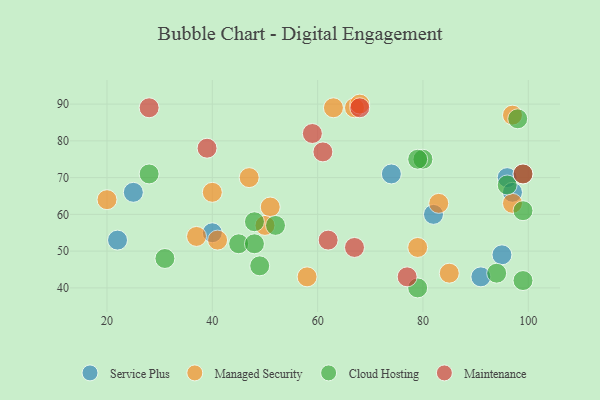
{"axis": {"x": "GDP", "y": "Life Expectancy"}, "legend": ["Cloud Hosting", "Maintenance", "Managed Security", "Service Plus"], "data": [{"x": "74", "y": 71, "type": "Service Plus"}, {"x": "95", "y": 49, "type": "Service Plus"}, {"x": "82", "y": 60, "type": "Service Plus"}, {"x": "25", "y": 66, "type": "Service Plus"}, {"x": "96", "y": 70, "type": "Service Plus"}, {"x": "22", "y": 53, "type": "Service Plus"}, {"x": "40", "y": 55, "type": "Service Plus"}, {"x": "91", "y": 43, "type": "Service Plus"}, {"x": "97", "y": 66, "type": "Service Plus"}, {"x": "51", "y": 62, "type": "Managed Security"}, {"x": "97", "y": 63, "type": "Managed Security"}, {"x": "67", "y": 89, "type": "Managed Security"}, {"x": "79", "y": 51, "type": "Managed Security"}, {"x": "20", "y": 64, "type": "Managed Security"}, {"x": "50", "y": 57, "type": "Managed Security"}, {"x": "47", "y": 70, "type": "Managed Security"}, {"x": "63", "y": 89, "type": "Managed Security"}, {"x": "41", "y": 53, "type": "Managed Security"}, {"x": "97", "y": 87, "type": "Managed Security"}, {"x": "83", "y": 63, "type": "Managed Security"}, {"x": "85", "y": 44, "type": "Managed Security"}, {"x": "58", "y": 43, "type": "Managed Security"}, {"x": "68", "y": 90, "type": "Managed Security"}, {"x": "40", "y": 66, "type": "Managed Security"}, {"x": "37", "y": 54, "type": "Managed Security"}, {"x": "98", "y": 86, "type": "Cloud Hosting"}, {"x": "52", "y": 57, "type": "Cloud Hosting"}, {"x": "96", "y": 68, "type": "Cloud Hosting"}, {"x": "99", "y": 71, "type": "Cloud Hosting"}, {"x": "49", "y": 46, "type": "Cloud Hosting"}, {"x": "79", "y": 40, "type": "Cloud Hosting"}, {"x": "80", "y": 75, "type": "Cloud Hosting"}, {"x": "45", "y": 52, "type": "Cloud Hosting"}, {"x": "28", "y": 71, "type": "Cloud Hosting"}, {"x": "99", "y": 42, "type": "Cloud Hosting"}, {"x": "48", "y": 58, "type": "Cloud Hosting"}, {"x": "31", "y": 48, "type": "Cloud Hosting"}, {"x": "94", "y": 44, "type": "Cloud Hosting"}, {"x": "79", "y": 75, "type": "Cloud Hosting"}, {"x": "99", "y": 61, "type": "Cloud Hosting"}, {"x": "48", "y": 52, "type": "Cloud Hosting"}, {"x": "28", "y": 89, "type": "Maintenance"}, {"x": "68", "y": 89, "type": "Maintenance"}, {"x": "61", "y": 77, "type": "Maintenance"}, {"x": "62", "y": 53, "type": "Maintenance"}, {"x": "39", "y": 78, "type": "Maintenance"}, {"x": "67", "y": 51, "type": "Maintenance"}, {"x": "99", "y": 71, "type": "Maintenance"}, {"x": "59", "y": 82, "type": "Maintenance"}, {"x": "77", "y": 43, "type": "Maintenance"}]}